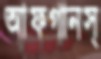
আফগানস্